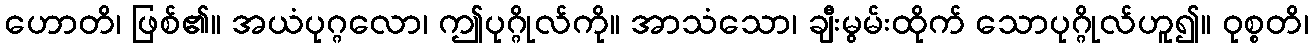
ဟောတိ၊ ဖြစ်၏။ အယံပုဂ္ဂလော၊ ဤပုဂ္ဂိုလ်ကို။ အာသံသော၊ ချီးမွမ်းထိုက် သောပုဂ္ဂိုလ်ဟူ၍။ ဝုစ္စတိ၊